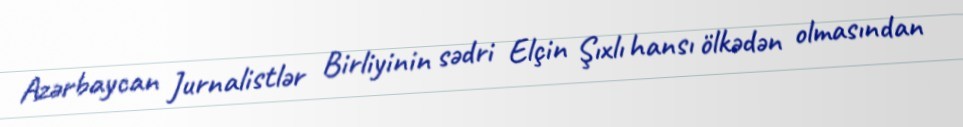
Azərbaycan Jurnalistlər Birliyinin sədri Elçin Şıxlı hansı ölkədən olmasından